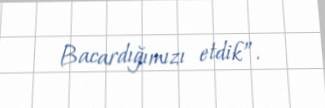
Bacardığımızı etdik”.